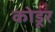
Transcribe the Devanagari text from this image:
कोडूर